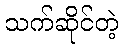
သက်ဆိုင်တဲ့